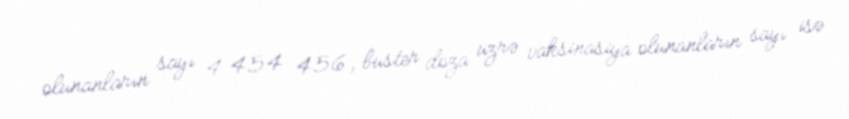
olunanların sayı 4 454 456, buster doza üzrə vaksinasiya olunanların sayı isə